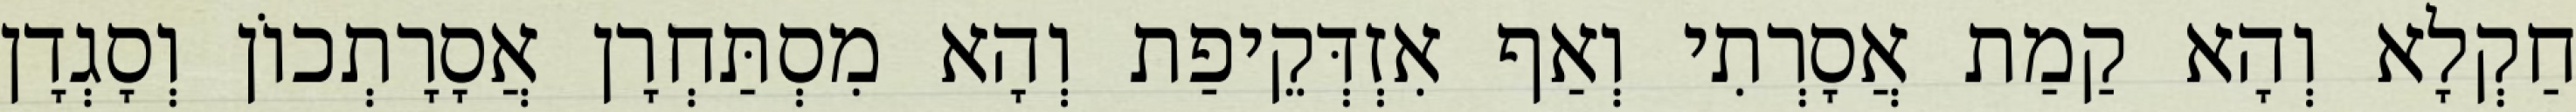
חַקְלָא וְהָא קַמַת אֲסָרְתִי וְאַף אִזְדְּקֵיפַת וְהָא מִסְתַּחְרָן אֲסָרָתְכוֹן וְסָגְדָן